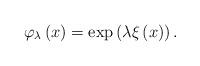
LaTeX: \begin{align*}\varphi _{\lambda }\left( x\right) =\exp \left( \lambda \xi \left( x\right)\right) . \end{align*}